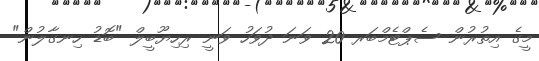
މީގެ އިތުރުން ސެޕްޓެމްބަރ 20 ވަނަ ދުވަހު ވަނީ ރިހިޔޫބީލް "ބޮޑު ހިނގާލުން"